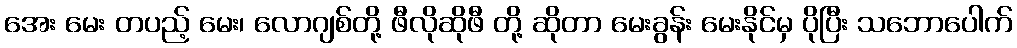
အေး မေး တပည့် မေး၊ လောဂျစ်တို့ ဖီလိုဆိုဖီ တို့ ဆိုတာ မေးခွန်း မေးနိုင်မှ ပိုပြီး သဘောပေါက်